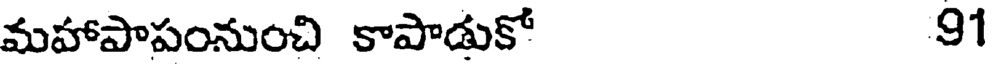
మహాపాపంనుంచి కాపాడుకో 91